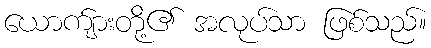
ယောက်ျားတို့၏ အလုပ်သာ ဖြစ်သည်။